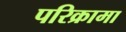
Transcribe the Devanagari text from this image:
परिक्रामा